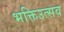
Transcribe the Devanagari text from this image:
भक्तिउत्सव